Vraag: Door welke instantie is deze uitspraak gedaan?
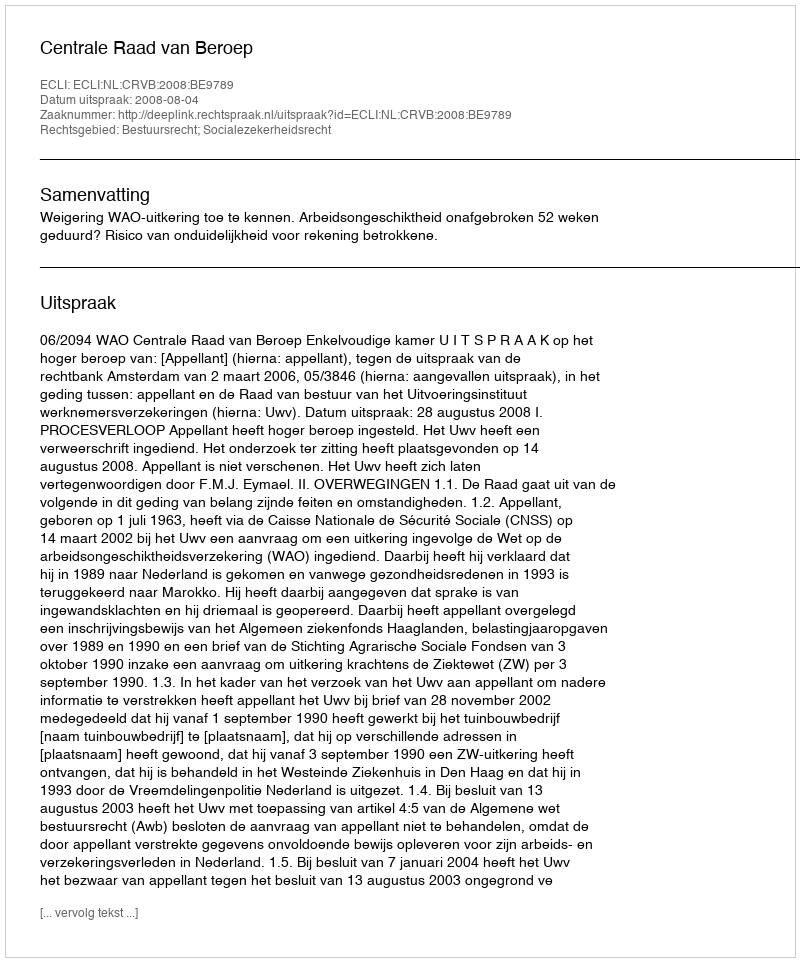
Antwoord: Centrale Raad van Beroep